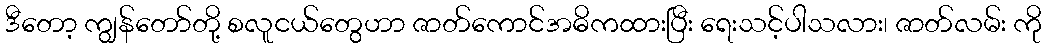
ဒီတော့ ကျွန်တော်တို့ စလူငယ်တွေဟာ ဇာတ်ကောင်အဓိကထားပြီး ရေးသင့်ပါသလား၊ ဇာတ်လမ်း ကို